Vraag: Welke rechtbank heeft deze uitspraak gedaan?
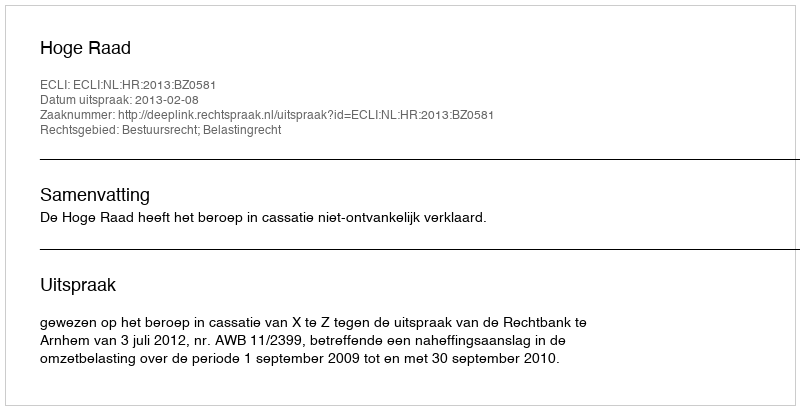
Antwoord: Hoge Raad